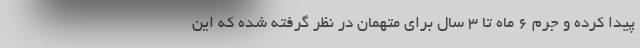
پیدا کرده و جرم 6 ماه تا 3 سال برای متهمان در نظر گرفته شده که این